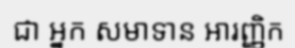
ជា អ្នក សមាទាន អារញ្ញិក